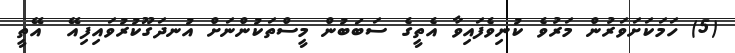
(5) ހަމަކަށަވަރުން މަރުވެ ކުނިވެފައިވާ އެތީގެ ސަބަބުން މީސްތަކުންނަށް އުނދަގޫކުރުވައިފިއޭ  އޭތީ